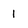
Character: 1